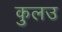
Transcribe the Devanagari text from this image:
कुलउ